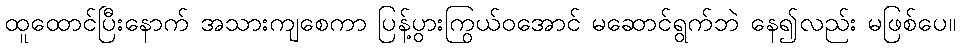
ထူထောင်ပြီးနောက် အသားကျစေကာ ပြန့်ပွားကြွယ်ဝအောင် မဆောင်ရွက်ဘဲ နေ၍လည်း မဖြစ်ပေ။